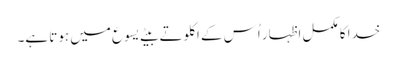
خدا کا مکمل اظہار اُس کے اکلوتے بیٹے یسوع میں ہوتا ہے۔